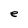
Character: e